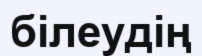
білеудің